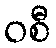
ဝစီ